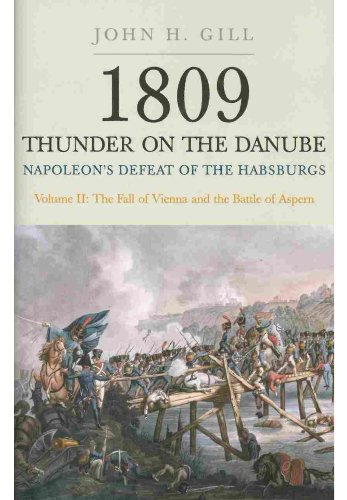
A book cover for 1809: Thunder on the Danube - Napoleon's Defeat of the Habsburgs, Vol. 2: The Fall of Vienna and the Battle of Aspern; John Gill; History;